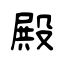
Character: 殿